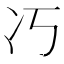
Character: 𭂆